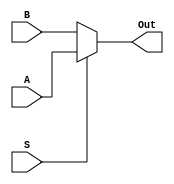
module mux1_2(A, B, S, Out);
//a high select input produces output A
input A, B, S;
output Out;



assign Out = S ? A : B;


/* I tried getting this to work using structural (shown below), but
I kept getting errors and I knew a dataflow implementation was
beyond simple. So I used an assign here because it is simple
and I know it works*/

//wire notS, outA, outB;

//not1 inverterS(.in1(S), .out(notS)); //Invert select signal
//nand2 nandB(.in1(B), .in2(S), .out(OutB));//S NOR notB => to produce OutB
//nand2 nandA(.in1(A), .in2(notS), .out(OutA));//notS NOR notA => to produce OutA
//nand2 nandOut(.in1(outA), .in2(outB), .out(Out));//now OR OutB and OutA (I used 2 NOR)


endmodule